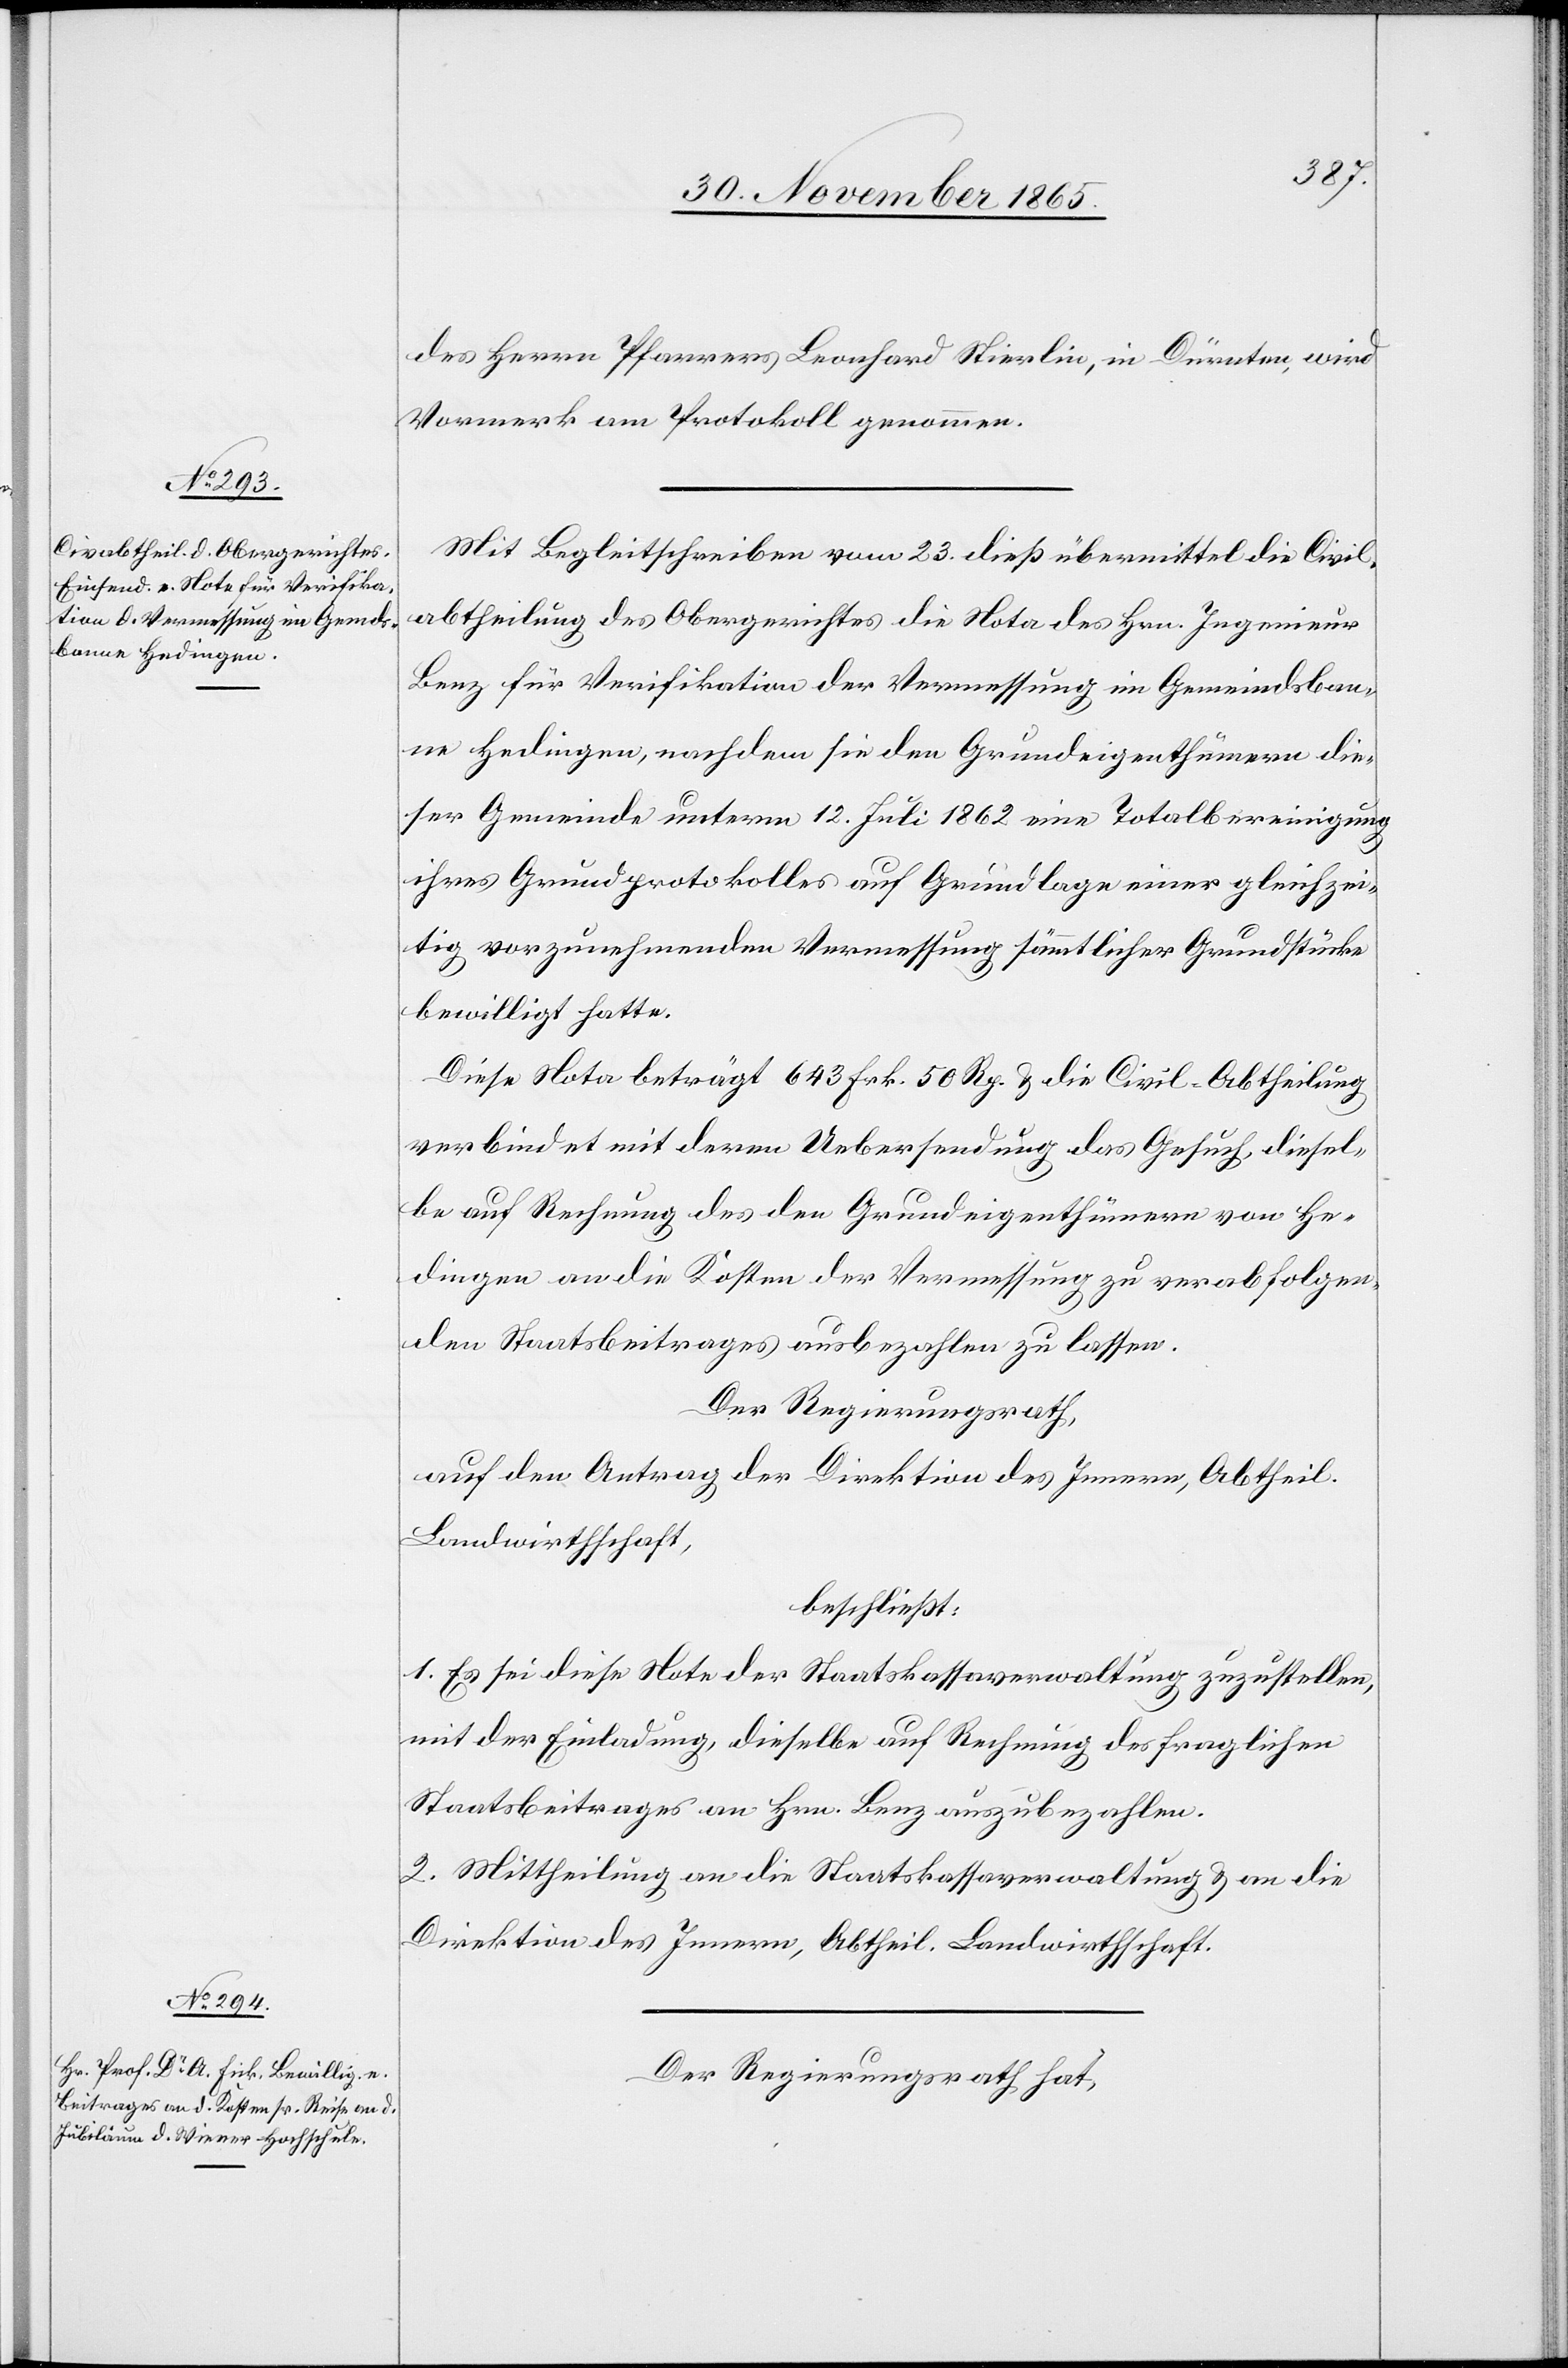
des Herrn Pfarrers Leonhard Stierlin, in Dürnten, wird
Vormerk am Protokoll genommen.
Mit Begleitschreiben vom 23. dieß übermittelt die Civil¬
abtheilung des Obergerichtes die Nota des Hrn. Ingenieur
Benz für Verifikation der Vermessung im Gemeindsban¬
ne Hedingen, nachdem sie den Grundeigenthümern die¬
ser Gemeinde unterm 12. Juli 1862 eine Totalbereinigung
ihres Grundprotokolls auf Grundlage einer gleichzei¬
tig vorzunehmenden Vermessung sämmtlicher Grundstücke
bewilligt hatte.
Diese Nota beträgt 643 Frk. 50 Rp. & die Civil-Abtheilung
verbindet mit deren Uebersendung das Gesuch, diesel¬
be auf Rechnung des den Grundeigenthümern von He¬
dingen an die Kosten der Vermessung zu verabfolgen¬
den Staatsbeitrages ausbezahlen zu lassen.
Der Regierungsrath,
auf den Antrag der Direktion des Innern, Abtheil.
Landwirthschaft,
beschließt:
1. Es sei diese Note der Staatskassaverwaltung zuzustellen,
mit der Einladung, dieselbe auf Rechnung des fraglichen
Staatsbeitrages an Hrn. Benz auszubezahlen.
2. Mittheilung an die Staatskassaverwaltung & an die
Direktion des Innern, Abtheil. Landwirthschaft.
Der Regierungsrath hat,